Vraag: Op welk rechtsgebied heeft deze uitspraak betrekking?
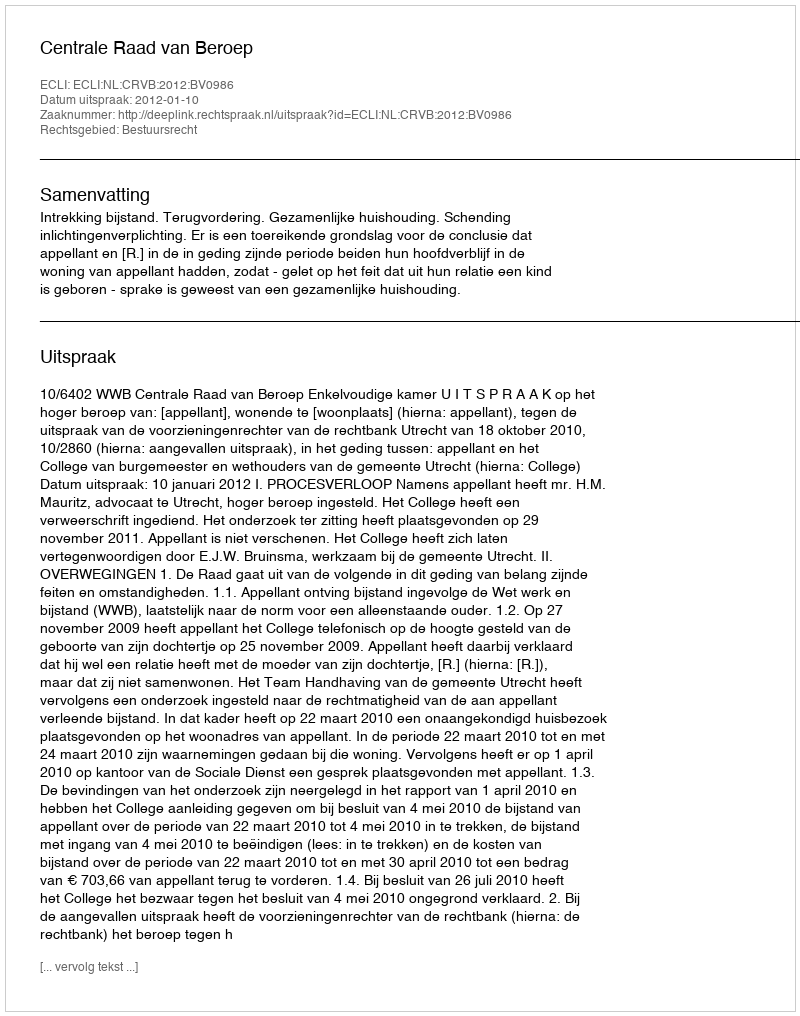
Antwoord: Bestuursrecht